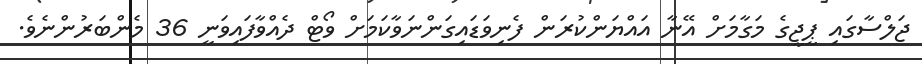
ޖަލްސާގައި ޕީޖީގެ މަގާމަށް އޭނާ އައްޔަންކުރަން ފެނިވަޑައިގަންނަވާކަމަށް ވޯޓް ދެއްވާފައިވަނީ 36 މެންބަރުންނެވެ.